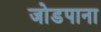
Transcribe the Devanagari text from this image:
जोडपाना